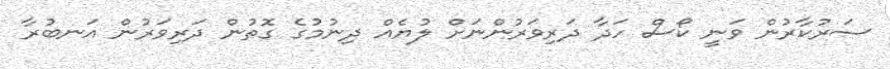
ސަރުކާރުން ވަނީ ކޯސް ހަދާ ދަރިވަރުންނަށް ލުޔެއް ދިނުމުގެ ގޮތުން ދަރިވަރުން އަނބުރާ